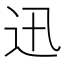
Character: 迅